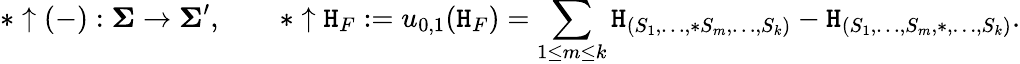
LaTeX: \ast\uparrow(-):\boldsymbol{\Sigma}\to\boldsymbol{\Sigma}^{\prime},\qquad\ast\uparrow\mathtt{H}_{F}:=u_{0,1}(\mathtt{H}_{F})=\sum_{1\leq m\leq k}\mathtt{H}_{(S_{1},\dots,\ast S_{m},\dots,S_{k})}-\mathtt{H}_{(S_{1},\dots,S_{m},\ast,\dots,S_{k})}.